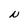
Character: N